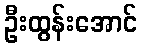
ဦးထွန်းအောင်